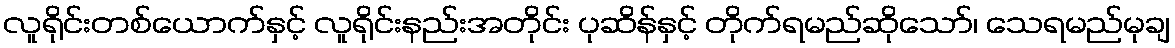
လူရိုင်းတစ်ယောက်နှင့် လူရိုင်းနည်းအတိုင်း ပုဆိန်နှင့် တိုက်ရမည်ဆိုသော်၊ သေရမည်မုချ